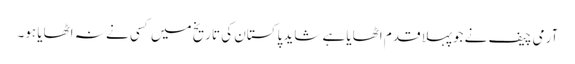
آرمی چیف نے جوپہلا قدم اٹھایا ہے شاید پاکستان کی تاریخ میں کسی نے نہ اٹھایا ہو۔